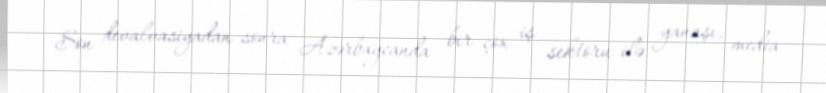
Son devalvasiyadan sonra Azərbaycanda bir çox iş sektoru ilə yanaşı, media